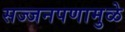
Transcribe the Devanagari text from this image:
सज्जनपणामुळे